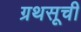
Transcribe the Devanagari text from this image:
ग्रथसूची